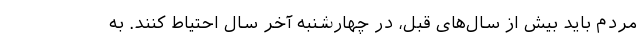
مردم باید بیش از سال‌های قبل، در چهارشنبه آخر سال احتیاط کنند. به